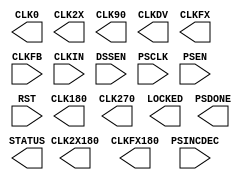
// $Header: /devl/xcs/repo/env/Databases/CAEInterfaces/verplex_libs/data/simprims/X_DCM.v,v 1.7.128.3 2004/09/28 20:47:45 wloo Exp $

/*

FUNCTION	: Digital Clock Manager

*/

`celldefine
`timescale  1 ps / 1 ps

module X_DCM (
        CLK0, CLK180, CLK270, CLK2X, CLK2X180, CLK90,
        CLKDV, CLKFX, CLKFX180, LOCKED, PSDONE, STATUS,
        CLKFB, CLKIN, DSSEN, PSCLK, PSEN, PSINCDEC, RST);

parameter CLK_FEEDBACK = "1X";
parameter CLKDV_DIVIDE = 2.0;
parameter CLKFX_DIVIDE = 1;
parameter CLKFX_MULTIPLY = 4;
parameter CLKIN_DIVIDE_BY_2 = "FALSE";
parameter CLKIN_PERIOD = 0.0;                   // non-simulatable
parameter CLKOUT_PHASE_SHIFT = "NONE";
parameter DESKEW_ADJUST = "SYSTEM_SYNCHRONOUS";
parameter DFS_FREQUENCY_MODE = "LOW";
parameter DLL_FREQUENCY_MODE = "LOW";
parameter DSS_MODE = "NONE";			// non-simulatable
parameter DUTY_CYCLE_CORRECTION = "TRUE";
parameter FACTORY_JF = 16'hC080;			// non-simulatable
parameter PHASE_SHIFT = 0;
parameter STARTUP_WAIT = "FALSE";		// non-simulatable

input CLKFB, CLKIN, DSSEN;
input PSCLK, PSEN, PSINCDEC, RST;

output CLK0, CLK90, CLK180, CLK270, CLK2X, CLK2X180;
output CLKDV, CLKFX, CLKFX180, LOCKED, PSDONE;
output [7:0] STATUS;

endmodule